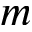
m